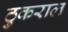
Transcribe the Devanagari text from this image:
ठुकराल